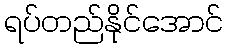
ရပ်တည်နိုင်အောင်